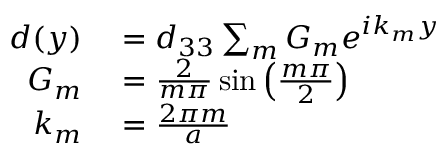
\begin{array} { r l } { d ( y ) } & { { } = d _ { 3 3 } \sum _ { m } G _ { m } e ^ { i k _ { m } y } } \\ { G _ { m } } & { { } = \frac { 2 } { m \pi } \sin \left( \frac { m \pi } { 2 } \right) } \\ { k _ { m } } & { { } = \frac { 2 \pi m } { a } } \end{array}